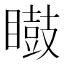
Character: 𭿢